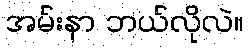
အမ်းနာ ဘယ်လိုလဲ။